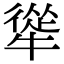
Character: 㹐